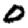
Digit: 0